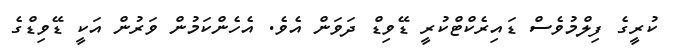
ކުރީގެ ފިލްމުވެސް ޑައިރެކްޓްކުރީ ޑޭވިޑް ދަވަން އެވެ. އެހެންކަމުން ވަރުން އަކީ ޑޭވިޑްގެ